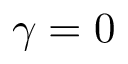
\gamma = 0